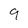
Character: 9